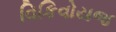
વિકિવોયજ